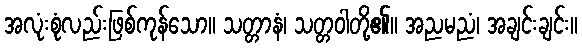
အလုံးစုံလည်းဖြစ်ကုန်သော။ သတ္တာနံ၊ သတ္တဝါတို့၏။ အညမညံ၊ အချင်းချင်း။